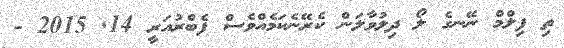
ތި ފިލްމް ނޭނގެ ލޯ ދިލުވާލަން ކެރޭނެކަމެއްވެސް ފެބްރުއަރީ 14